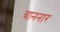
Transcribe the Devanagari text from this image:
वाननार